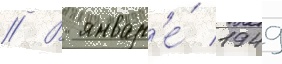
// В январ'е́ 1949